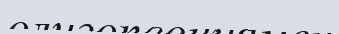
олигопсониямен